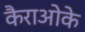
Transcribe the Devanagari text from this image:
कैराओके